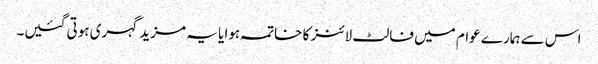
اس سے ہمارے عوام میں فالٹ لائنز کا خاتمہ ہوا یا یہ مزید گہری ہوتی گئیں۔